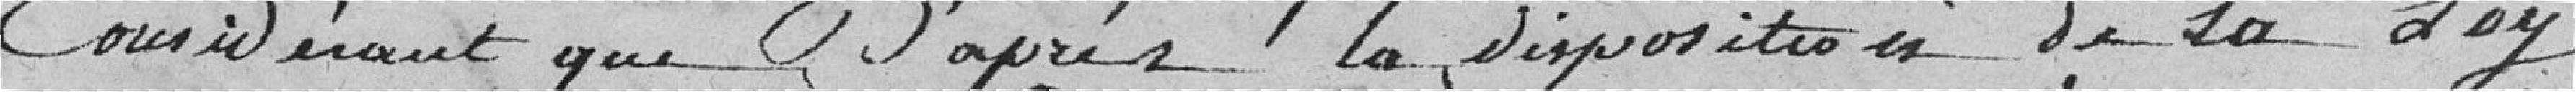
considérant que, d'après la disposition de la loi,